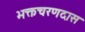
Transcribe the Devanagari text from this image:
भक्तचरणदास